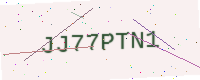
Text: JJ77PTN1